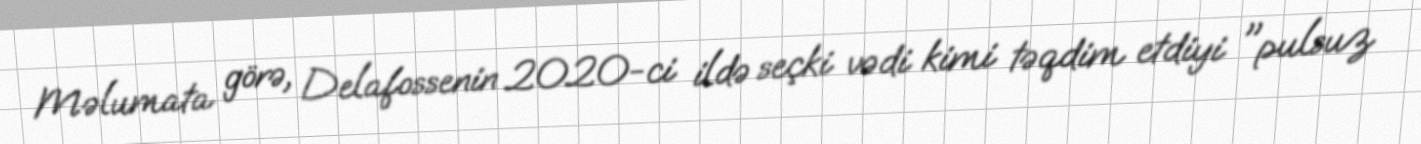
Məlumata görə, Delafossenin 2020-ci ildə seçki vədi kimi təqdim etdiyi "pulsuz